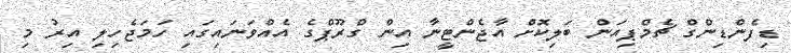
ޑިފެންޑިންގް ޗެމްޕިއަން ބަލިކޮށް އާޖެންޓީނާ އިން ގްރޫޕްގެ އެއްވަނައިގައި ހަމަޖެހިލި އިރު މި